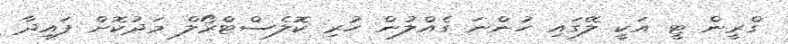
ގްރީން ޓީ އަކީ ލޭގައި ހުންނަ ގެއްލުން ހުރި ކޮލެސްޓްރޯލް މަދުކޮށް ފައިދާ